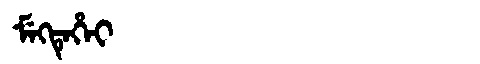
Manchu: ᠮᡝᡴᡨᡝᡥᡝᡳ
Romanization: MEKTEHEI